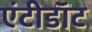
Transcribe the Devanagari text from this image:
एंटीडाॅट